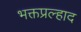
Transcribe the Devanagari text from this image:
भक्तप्रल्हाद